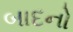
બાદનો